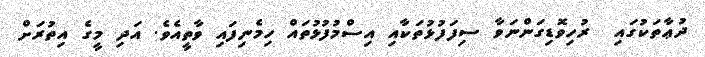
ދުޢާތަކުގައި  ރުހިވޮޑިގަންނަވާ ސިފަފުޅުތަކާއި އިސްމުފުޅުތައް ހިމެނިފައި ވާތީއެވެ. އަދި މީގެ އިތުރަށް